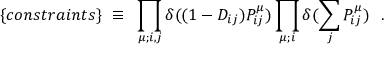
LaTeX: \{ c o n s t r a i n t s \} ~ \equiv ~ \prod _ { \mu ; i , j } \delta ( ( 1 - D _ { i j } ) P _ { i j } ^ { \mu } ) \prod _ { \mu ; i } \delta ( \sum _ { j } P _ { i j } ^ { \mu } ) ~ ~ .